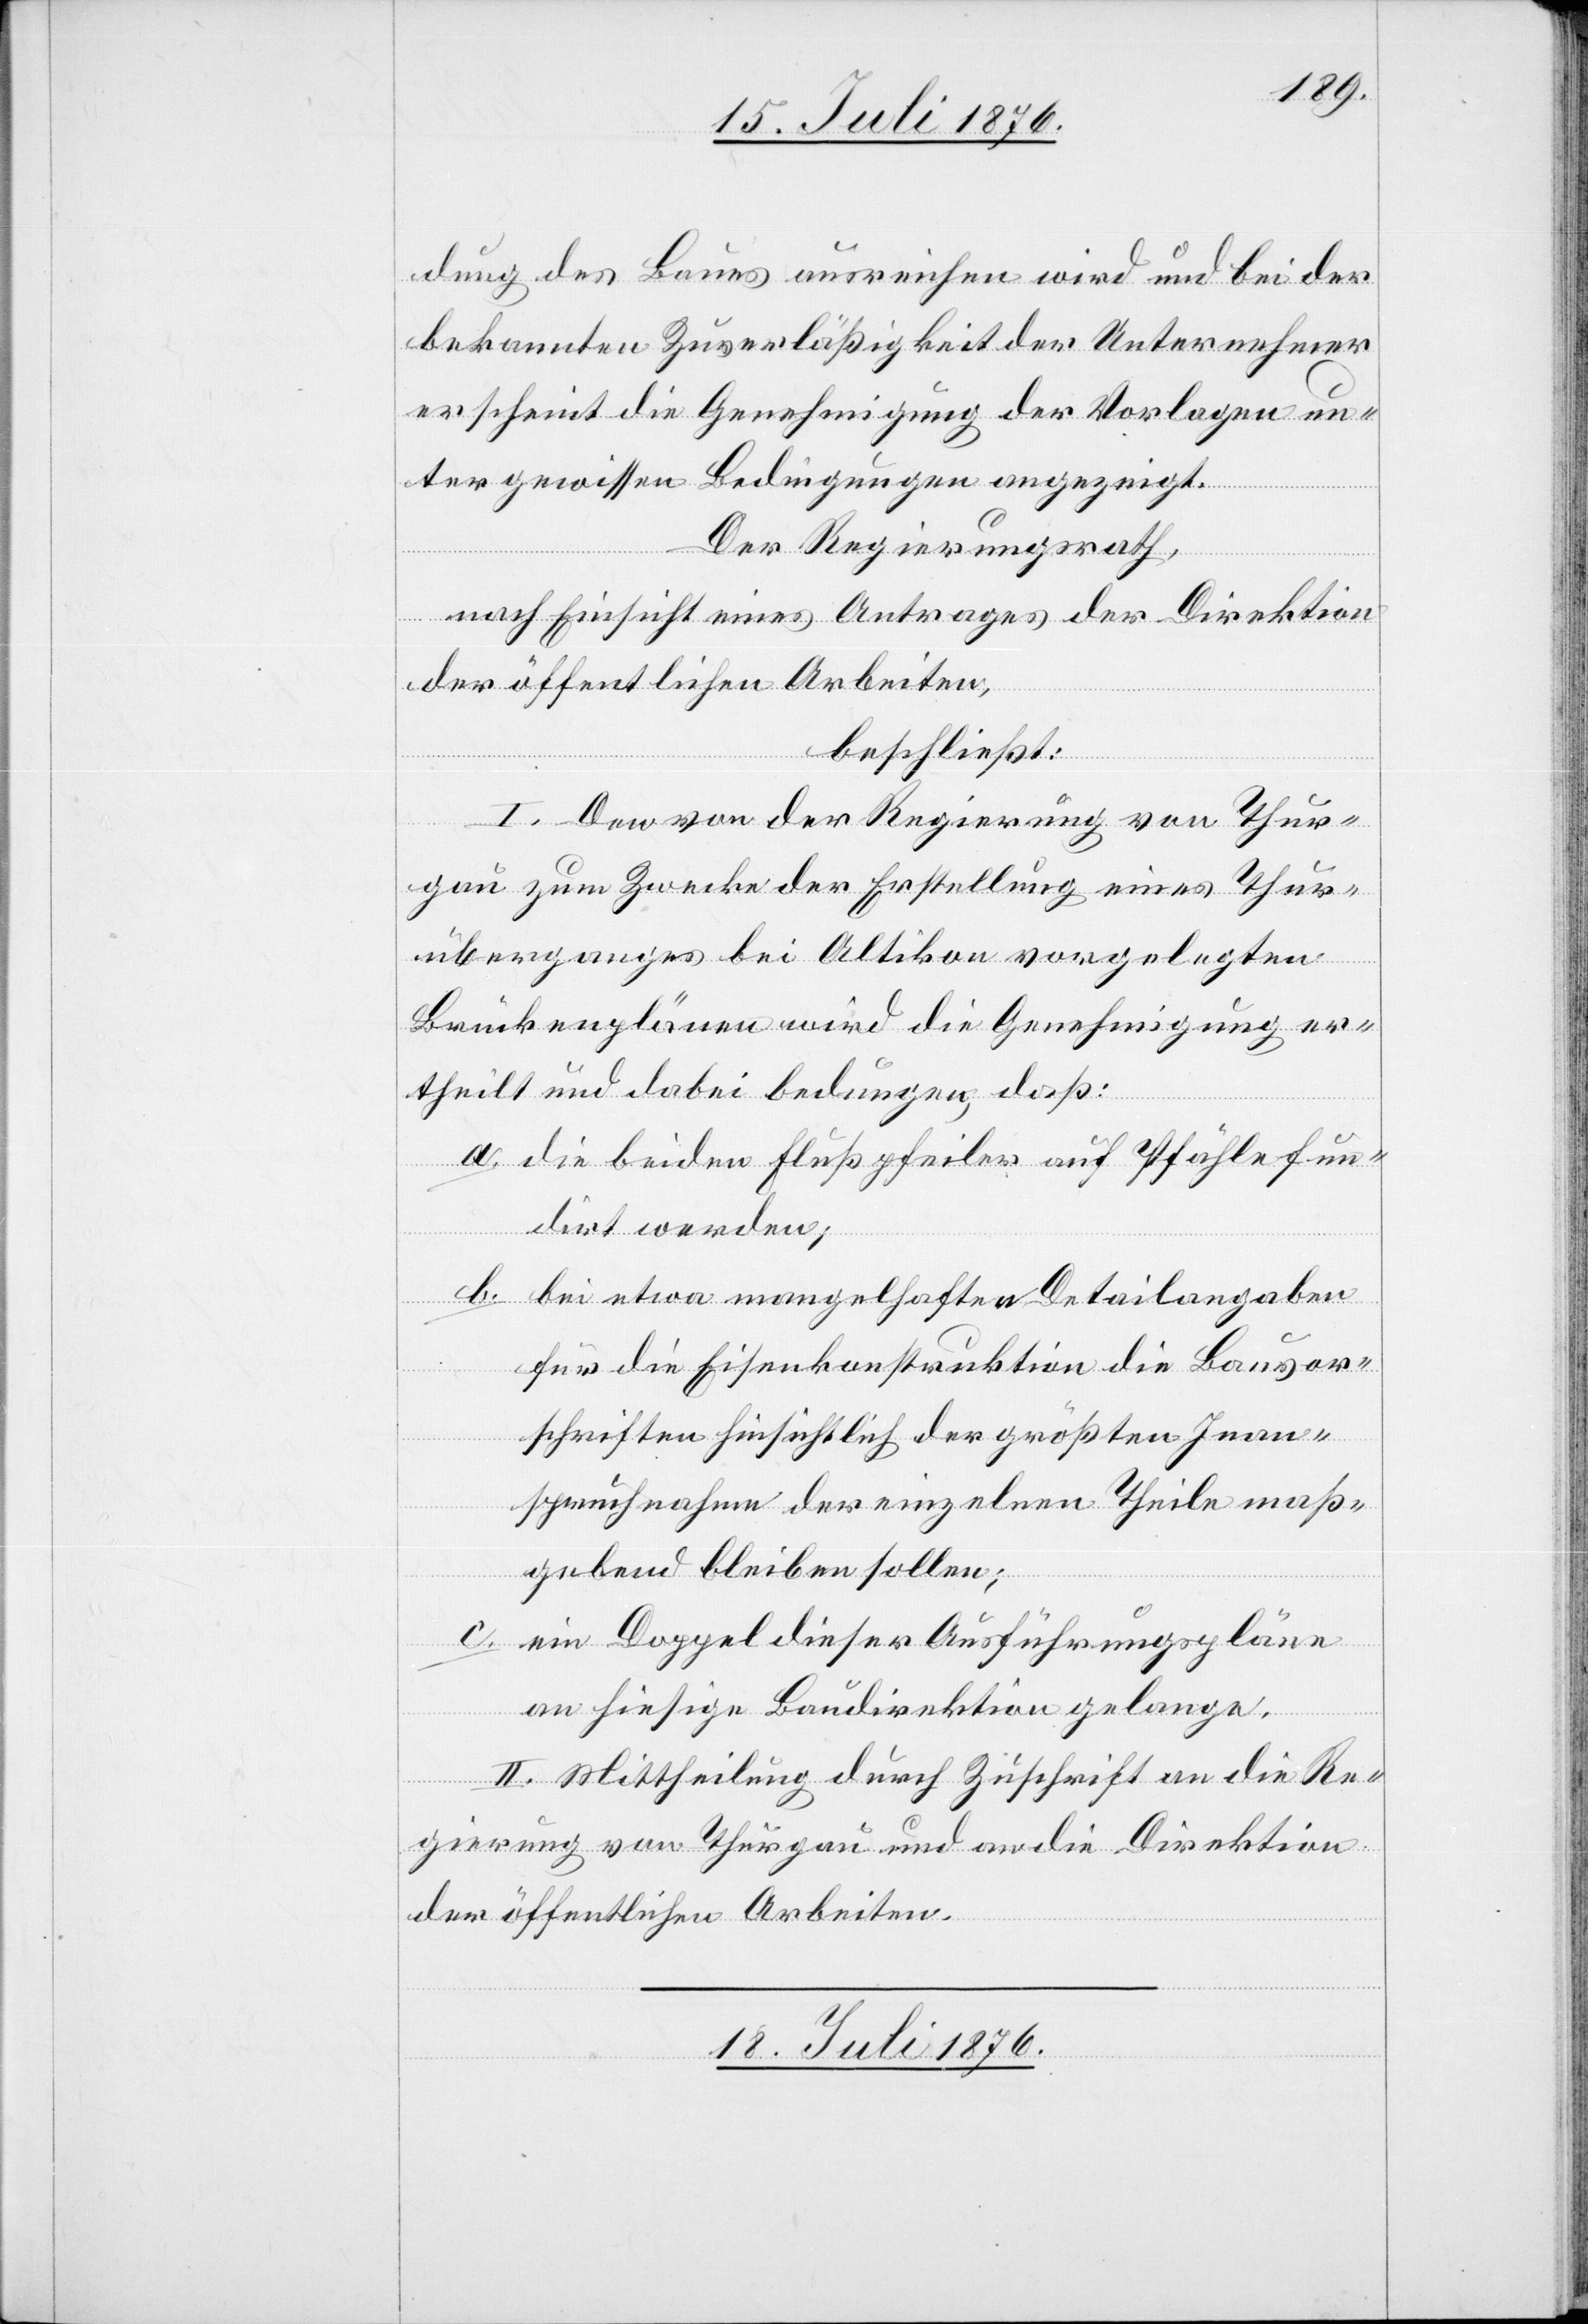
dung des Baues ausreichen wird und bei der
bekannten Zuverläßigkeit der Unternehmer
erscheint die Genehmigung der Vorlagen un¬
ter gewissen Bedingungen angezeigt.
Der Regierungsrath,
nach Einsicht eines Antrages der Direktion
der öffentlichen Arbeiten,
beschließt:
I. Den von der Regierung von Thur¬
gau zum Zwecke der Erstellung eines Thur¬
überganges bei Altikon vorgelegten
Brückenplänen wird die Genehmigung er¬
theilt und dabei bedungen, daß:
a. die beiden Flußpfeiler auf Pfähle fun¬
dirt werden;
b. bei etwa mangelhaften Detailangaben
für die Eisenkonstruktion die Bauvor¬
schriften hinsichtlich der größten Inan¬
spruchnahme der einzelnen Theile maß¬
gebend bleiben sollen;
c. ein Doppel dieser Ausführungspläne
an hiesige Baudirektion gelange.
II. Mittheilung durch Zuschrift an die Re¬
gierung von Thurgau und an die Direktion
der öffentlichen Arbeiten.
18. Juli 1876.